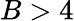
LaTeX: B>4